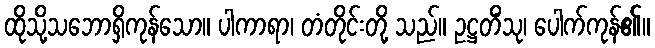
ထိုသို့သဘောရှိကုန်သော။ ပါကာရာ၊ တံတိုင်းတို့ သည်။ ဥဋ္ဌတိံသု၊ ပေါက်ကုန်၏။